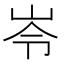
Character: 岺